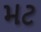
મટ